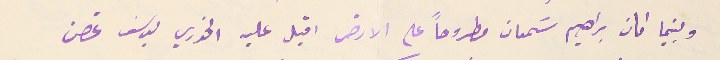
وبينما كان براهيم سَمعان مطروحاً على الارض اقبل عليه الخوري يوسَف غصن